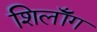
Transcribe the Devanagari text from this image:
शिलॉँग